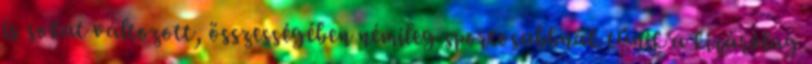
is sokat változott, összességében némileg sportosabbnak tűnik a kizárólag